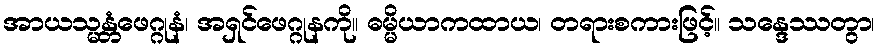
အာယသ္မန္တံဖေဂ္ဂုနံ၊ အရှင်ဖေဂ္ဂုနကို။ ဓမ္မိယာကထာယ၊ တရားစကားဖြင့်။ သန္ဒေဿတွာ၊